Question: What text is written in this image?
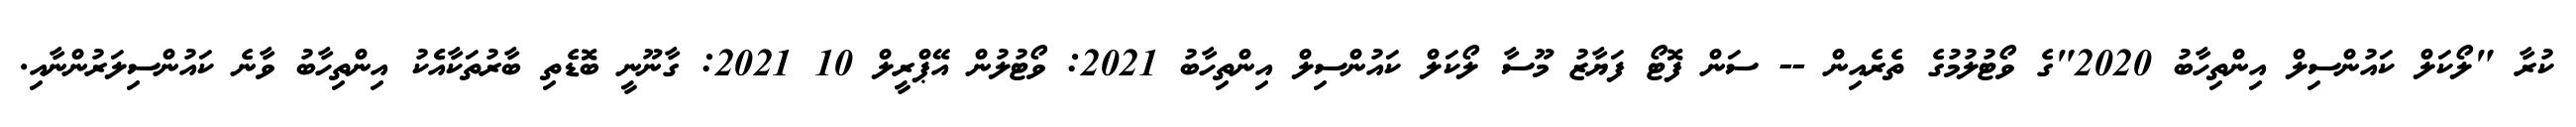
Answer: ކުރާ "ލޯކަލް ކައުންސިލް އިންތިހާބު 2020"ގެ ވޯޓުލުމުގެ ތެރެއިން -- ސަން ފޮޓޯ ފަޔާޒު މޫސާ ލޯކަލް ކައުންސިލް އިންތިހާބު 2021: ވޯޓުލުން އޭޕްރީލް 10 2021: ގާނޫނީ ބޮޑެތި ބާރުތަކާއެެކު އިންތިހާބު ވާނެ ކައުންސިލަރުންނާއި.